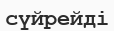
сүйрейді